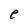
Character: e